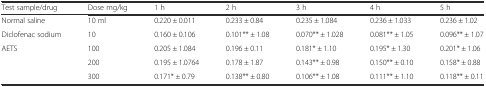
| Test sample/drug | Dose mg/kg | 1 h | 2 h | 3 h | 4 h | 5 h |
 | --- | --- | --- | --- | --- | --- | --- |
 | Normal saline | 10 ml | 0.220 ± 0.011 | 0.233 ± 0.84 | 0.235 ± 1.084 | 0.236 ± 1.033 | 0.236 ± 1.02 |
 | Diclofenac sodium | 10 | 0.160 ± 0.106 | 0.101** ± 1.08 | 0.070** ± 1.028 | 0.081** ± 1.05 | 0.096** ± 1.07 |
 | <ROWSPAN=3> AETS | 100 | 0.205 ± 1.084 | 0.196 ± 0.11 | 0.181* ± 1.10 | 0.195* ± 1.30 | 0.201* ± 1.06 |
 | 200 | 0.195 ± 1.0764 | 0.178 ± 1.87 | 0.143** ± 0.98 | 0.150** ± 0.10 | 0.158* ± 0.88 |
 | 300 | 0.171* ± 0.79 | 0.138** ± 0.80 | 0.106** ± 1.08 | 0.111** ± 1.10 | 0.118** ± 0.11 |